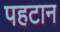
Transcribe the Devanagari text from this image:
पहटान